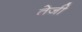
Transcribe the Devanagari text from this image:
तेेजी